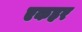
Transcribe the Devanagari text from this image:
एकहर